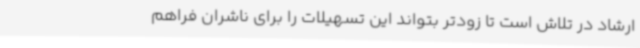
ارشاد در تلاش است تا زودتر بتواند این تسهیلات را برای ناشران فراهم